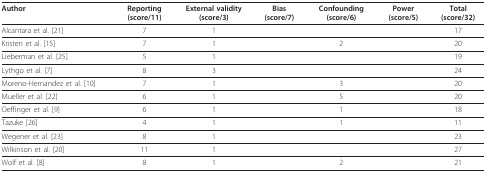
<table><thead><tr><td><b>Author</b></td><td><b>Reporting (score/11)</b></td><td><b>External validity (score/3)</b></td><td><b>Bias (score/7)</b></td><td><b>Confounding (score/6)</b></td><td><b>Power (score/5)</b></td><td><b>Total (score/32)</b></td></tr></thead><tbody><tr><td>Alcantara et al. [21]</td><td>7</td><td>1</td><td>[EMPTY_CELL]</td><td>[EMPTY_CELL]</td><td>[EMPTY_CELL]</td><td>17</td></tr><tr><td>Kristen et al. [15]</td><td>7</td><td>1</td><td>[EMPTY_CELL]</td><td>2</td><td>[EMPTY_CELL]</td><td>20</td></tr><tr><td>Lieberman et al. [25]</td><td>5</td><td>1</td><td>[EMPTY_CELL]</td><td>[EMPTY_CELL]</td><td>[EMPTY_CELL]</td><td>19</td></tr><tr><td>Lythgo et al. [7]</td><td>8</td><td>3</td><td>[EMPTY_CELL]</td><td>[EMPTY_CELL]</td><td>[EMPTY_CELL]</td><td>24</td></tr><tr><td>Moreno-Hernandez et al.[10]</td><td>7</td><td>1</td><td>[EMPTY_CELL]</td><td>3</td><td>[EMPTY_CELL]</td><td>20</td></tr><tr><td>Mueller et al. [22]</td><td>6</td><td>1</td><td>[EMPTY_CELL]</td><td>5</td><td>[EMPTY_CELL]</td><td>20</td></tr><tr><td>Oeffinger et al. [9]</td><td>6</td><td>1</td><td>[EMPTY_CELL]</td><td>1</td><td>[EMPTY_CELL]</td><td>18</td></tr><tr><td>Tazuke [26]</td><td>4</td><td>1</td><td>[EMPTY_CELL]</td><td>1</td><td>[EMPTY_CELL]</td><td>11</td></tr><tr><td>Wegener et al. [23]</td><td>8</td><td>1</td><td>[EMPTY_CELL]</td><td>[EMPTY_CELL]</td><td>[EMPTY_CELL]</td><td>23</td></tr><tr><td>Wilkinson et al. [20]</td><td>11</td><td>1</td><td>[EMPTY_CELL]</td><td>[EMPTY_CELL]</td><td>[EMPTY_CELL]</td><td>27</td></tr><tr><td>Wolf et al. [8]</td><td>8</td><td>1</td><td>[EMPTY_CELL]</td><td>2</td><td>[EMPTY_CELL]</td><td>21</td></tr></tbody></table>